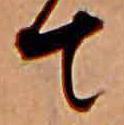
て